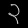
Digit: ၃